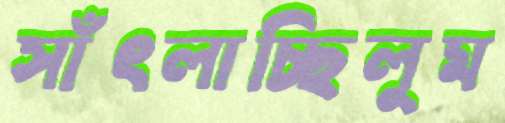
সাঁৎলাচ্ছিলুম